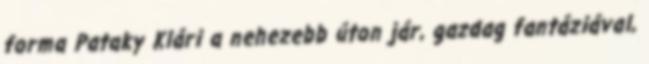
forma Pataky Klári a nehezebb úton jár, gazdag fantáziával,